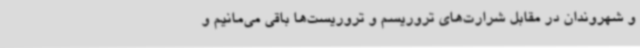
و شهروندان در مقابل شرارت‌های تروریسم و تروریست‌ها باقی می‌مانیم و